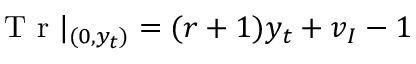
\mathrm { ~ T ~ r ~ } | _ { ( 0 , y _ { t } ) } = ( r + 1 ) y _ { t } + v _ { I } - 1